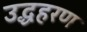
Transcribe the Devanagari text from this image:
उद्धहरण